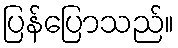
ပြန်ပြောသည်။